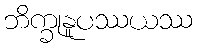
ဘိက္ခုနူပဿယဿ